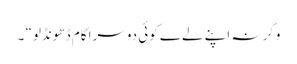
وگرنہ اپنے لےے کوئی دوسرا کام ڈھونڈلو“ ۔